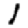
Digit: 1